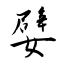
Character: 嬖